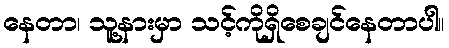
နေတာ၊ သူ့နားမှာ သင့်ကိုရှိစေချင်နေတာပါ။